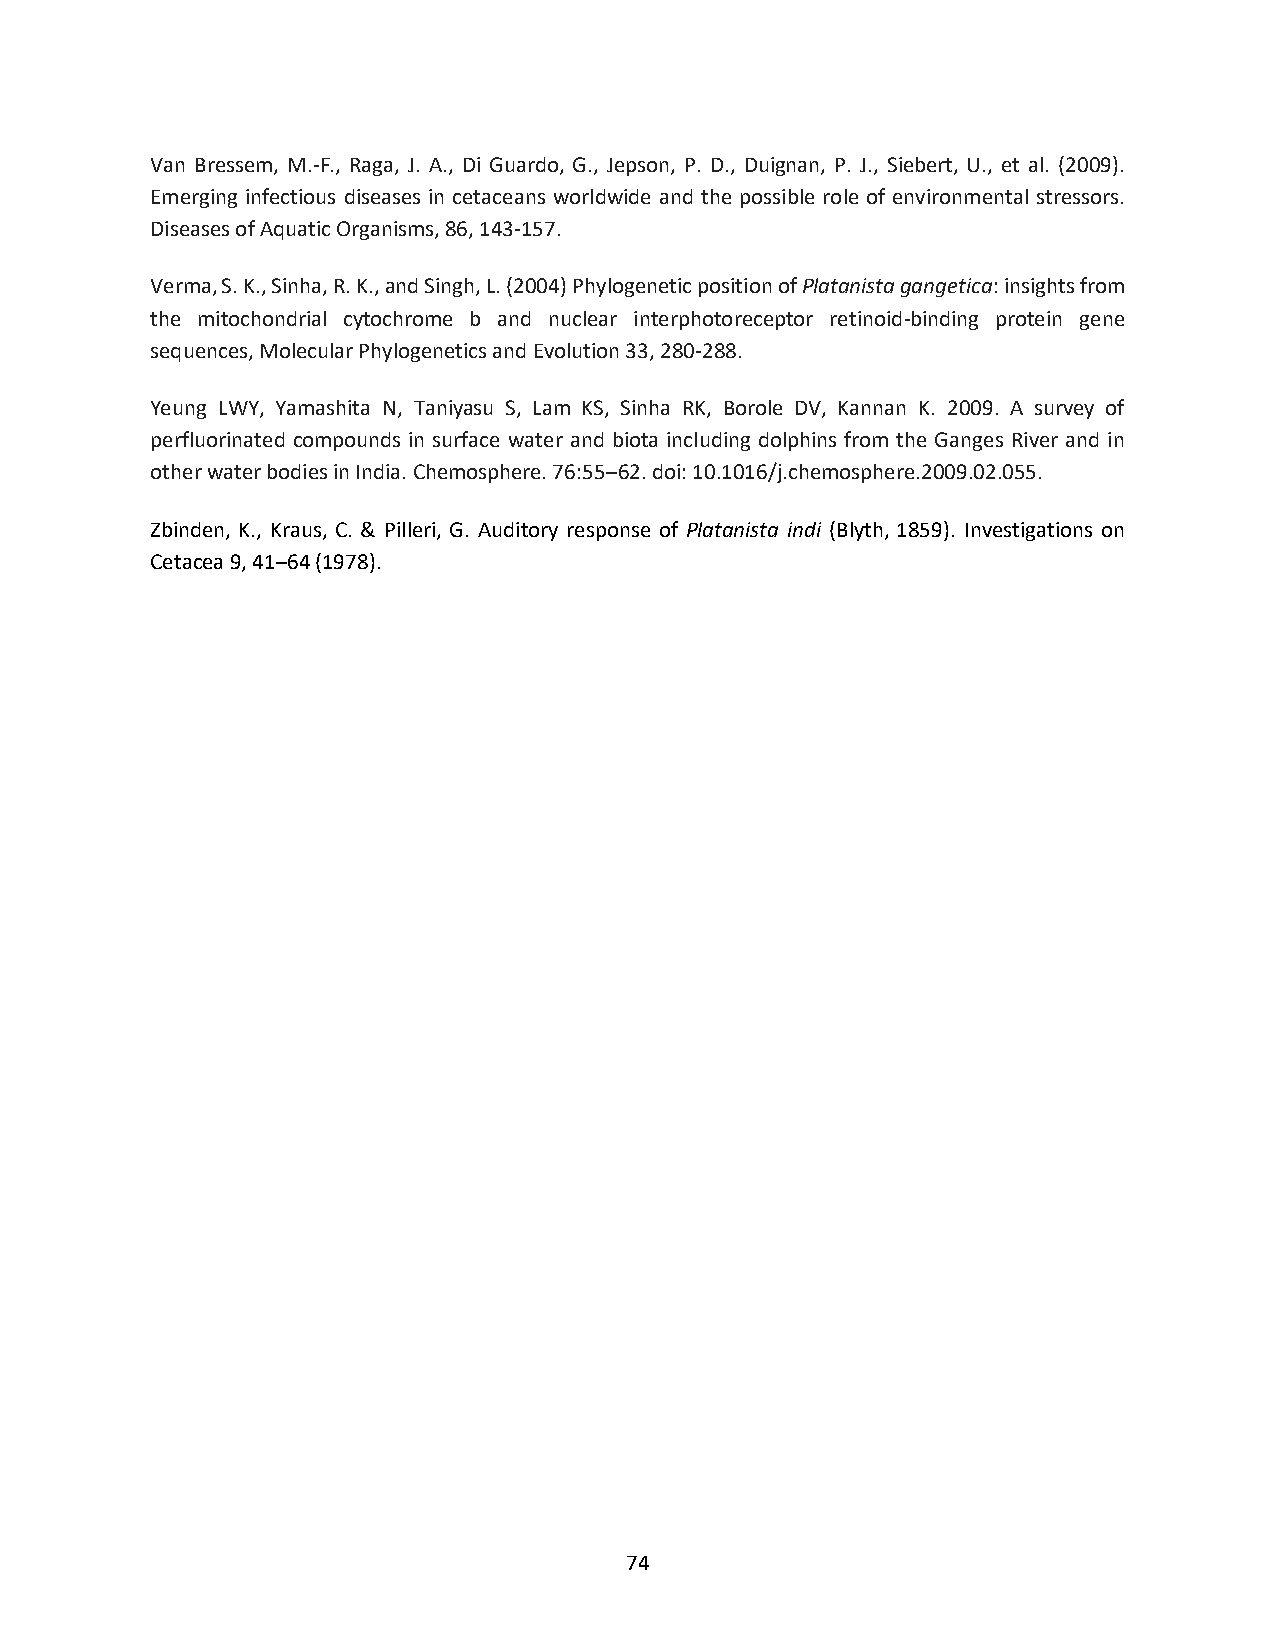
Van Bressem, M.-F., Raga, J. A., Di Guardo, G., Jepson, P. D., Duignan, P. J., Siebert, U., et al. (2009).
 Emerging infectious diseases in cetaceans worldwide and the possible role of environmental stressors.
 Diseases of Aquatic Organisms, 86, 143-157.
 Verma, S. K., Sinha, R. K., and Singh, L. (2004) Phylogenetic position of Platanista gangetica: insights from
 the mitochondrial cytochrome b and nuclear interphotoreceptor retinoid-binding protein gene
 sequences, Molecular Phylogenetics and Evolution 33, 280-288.
 Yeung LWY, Yamashita N, Taniyasu S, Lam KS, Sinha RK, Borole DV, Kannan K. 2009. A survey of
 perfluorinated compounds in surface water and biota including dolphins from the Ganges River and in
 other water bodies in India. Chemosphere. 76:55–62. doi: 10.1016/j.chemosphere.2009.02.055.
 Zbinden, K., Kraus, C. & Pilleri, G. Auditory response of Platanista indi (Blyth, 1859). Investigations on
 Cetacea 9, 41–64 (1978).
 74